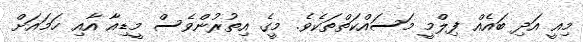
މިއީ އަދި ބައެއް ފިލްމީ މަސައްކަތްތަކެވެ. މީގެ އިތުރުންވެސް މީޑިއާ އާއި ހަމައަށް